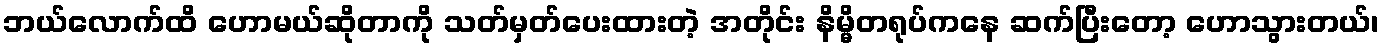
ဘယ်လောက်ထိ ဟောမယ်ဆိုတာကို သတ်မှတ်ပေးထားတဲ့ အတိုင်း နိမ္မိတရုပ်ကနေ ဆက်ပြီးတော့ ဟောသွားတယ်၊